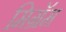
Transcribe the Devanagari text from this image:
मिग्रॅम